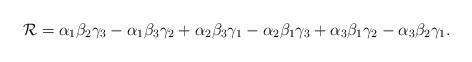
LaTeX: \begin{align*}{\cal R}=\alpha_1 \beta_2 \gamma_3 -\alpha_1 \beta_3 \gamma_2 +\alpha_2 \beta_3 \gamma_1 -\alpha_2 \beta_1 \gamma_3 +\alpha_3 \beta_1 \gamma_2 -\alpha_3 \beta_2 \gamma_1.\end{align*}